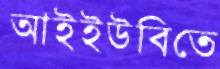
আইইউবিতে